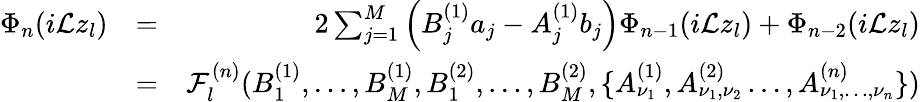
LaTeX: \begin{array}{rlr}{\Phi_{n}(i\mathcal{L}z_{l})}&{=}&{2\sum_{j=1}^{M}\left(B_{j}^{(1)}a_{j}-A_{j}^{(1)}b_{j}\right)\Phi_{n-1}(i\mathcal{L}z_{l})+\Phi_{n-2}(i\mathcal{L}z_{l})}\\ &{=}&{\mathcal{F}_{l}^{(n)}(B_{1}^{(1)},\dots,B_{M}^{(1)},B_{1}^{(2)},\dots,B_{M}^{(2)},\{ A_{\nu_{1}}^{(1)},A_{\nu_{1},\nu_{2}}^{(2)}\dots,A_{\nu_{1},\dots,\nu_{n}}^{(n)}\} )}\end{array}